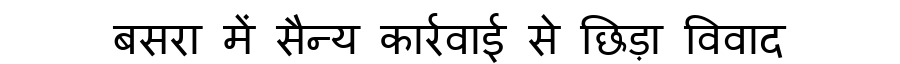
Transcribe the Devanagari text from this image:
बसरा में सैन्य कार्रवाई से छिड़ा विवाद